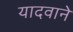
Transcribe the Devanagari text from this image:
यादवाने